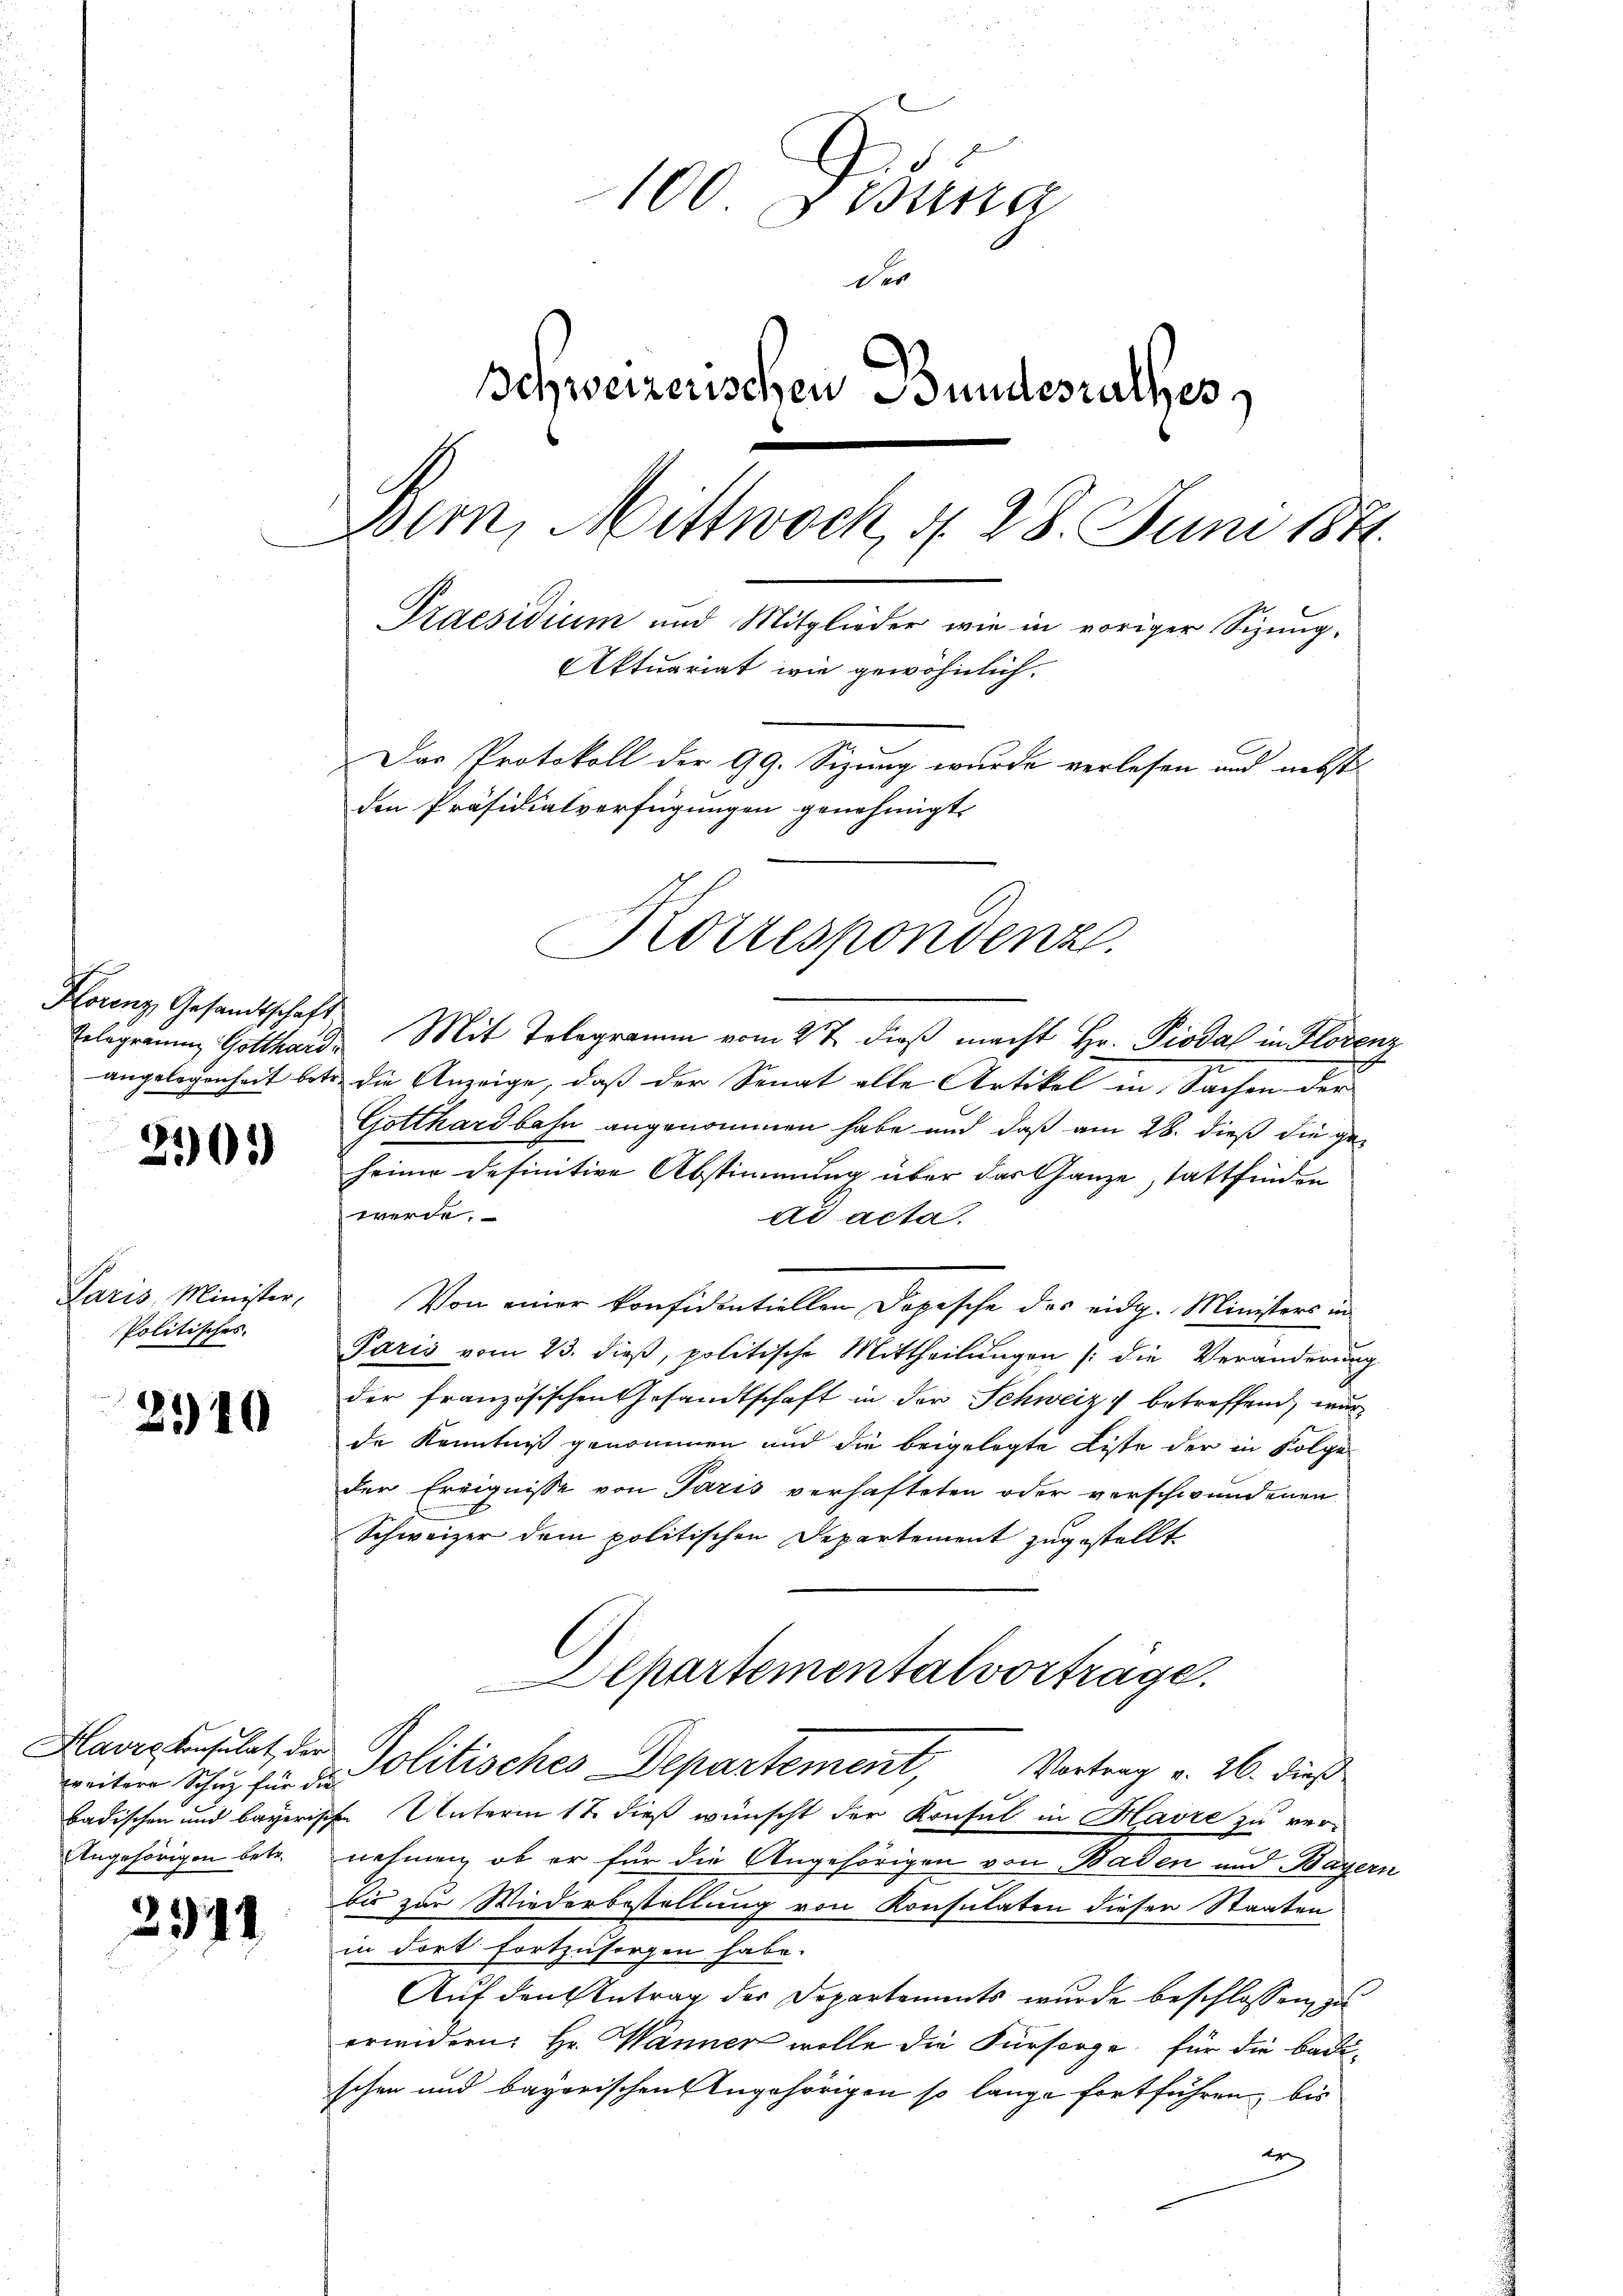
Telegramm Gotthard

201)

Paris, Minister,
Politisches.

2910

weitere Schutz für die
Angehörigen betr.

29

1

100. Disena
der
Schweizerischen Bundesrathes
Bern, Mittwoch, d. 28. Juni 1841.
Praesidium und Mitglieder wie in voriger Sizung.
Aktuariat wie gewöhnlich.
Das Protokoll der 99. Sizung wurde verlesen und nebst
den Präsidialverfügungen genehmigt.

Kotzespondenz.

Florenz Gesandtschaft, Mit Telegramen vom 2t dieβ macht Hr. Piodal in Florenz
e
angelegenheit betr. die Anzeige, daß der Senat alle Artikel in Sachen der
Gotthardbahn angenommen habe und daß am 28. dieß die geheime definitive Abstimmung über das Ganze stattfinden
werde.
ad acta.
Von einer konfidentiellen Depesche des eidg. Ministers in
Paris vom 23. dieß, politische Mittheilungen (die Veränderung
der französischen Gesandtschaft in der Schweiz betreffend, wur
de Kenntniß genommen und die beigelegte Liste der in Folge
der Ereignisse von Paris verhafteten oder verschwundenen
Schweizer dem politischen Departement zugestellt
Alpartementalvorträge.
Havrebenslat, der Politisches Departement, Vortrag v. 26. dieß
badischen und bayerische Unterm 12. dieß wünscht der Konsul in Havre zu ver-
nehmen, ob er für die Angehörigen von Baden und Bayern
bis zur Wiederbestellung von Konsulaten dieser Staaten,
in dort fortzusorgen habe.
Auf den Antrag der Departements wurde beschlossen, zu
erwidern: Hr. Wanner wolle die Fürsorge für die Badischen und bayorischen Angehörigen so lange fortführen, bis
t